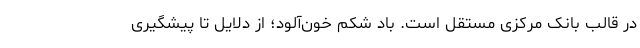
در قالب بانک مرکزی مستقل است. باد شکم خون‌آلود؛ از دلایل تا پیشگیری